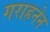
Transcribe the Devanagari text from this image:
गराहनेन